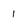
Character: 1